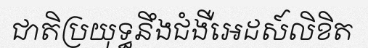
ជាតិប្រយុទ្ធនឹងជំងឺអេដស៍លិខិត